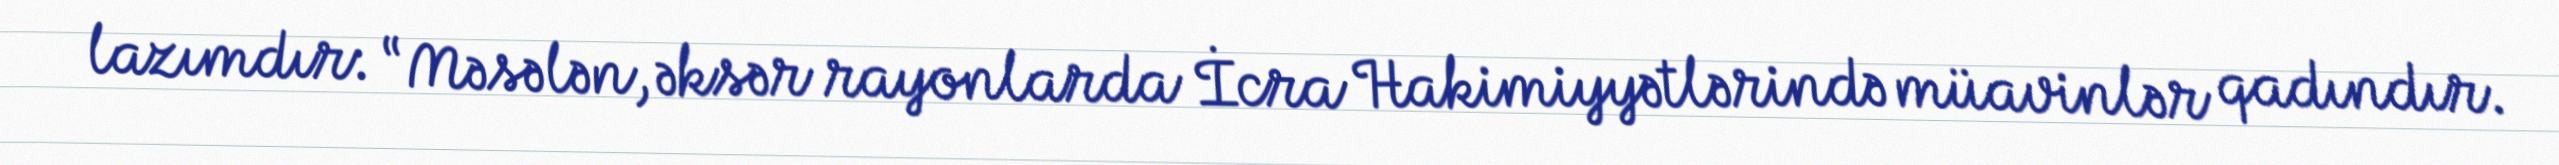
lazımdır: “Məsələn, əksər rayonlarda İcra Hakimiyyətlərində müavinlər qadındır.